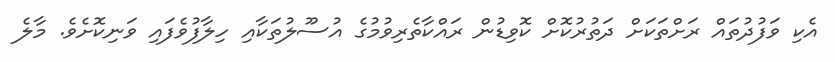
އެކި ވަފުދުތައް ރަށްތަކަށް ދަތުރުކޮށް ކޮވިޑުން ރައްކާތެރިވުމުގެ އުސޫލުތަކާއި ހިލާފުވެފައި ވަނިކޮށެވެ. މާލެ